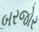
બરજોર